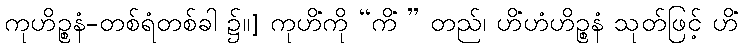
ကုဟိဉ္စနံ-တစ်ရံတစ်ခါ ၌။] ကုဟိံကို “ကိံ ” တည်၊ ဟိံဟံဟိဉ္စနံ သုတ်ဖြင့် ဟိံ